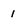
Character: 1